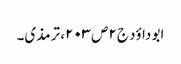
ابو داؤد ج۲ص۲۰۳، ترمذی۔